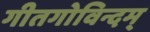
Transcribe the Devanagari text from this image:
गीतगोविन्दम्